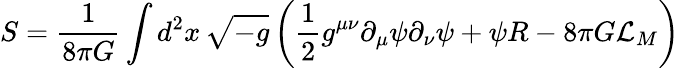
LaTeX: S=\frac{1}{8\pi G}\int d^{2}x\, \sqrt{-g}\left(\frac{1}{2}g^{\mu\nu}\partial_{\mu}\psi\partial_{\nu}\psi+\psi R-8\pi G{\cal L}_{M}\right)